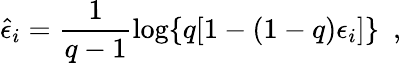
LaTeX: \hat{\epsilon}_{i}=\frac{1}{q-1}\log\{ q[1-(1-q)\epsilon_{i}]\} \ \ ,